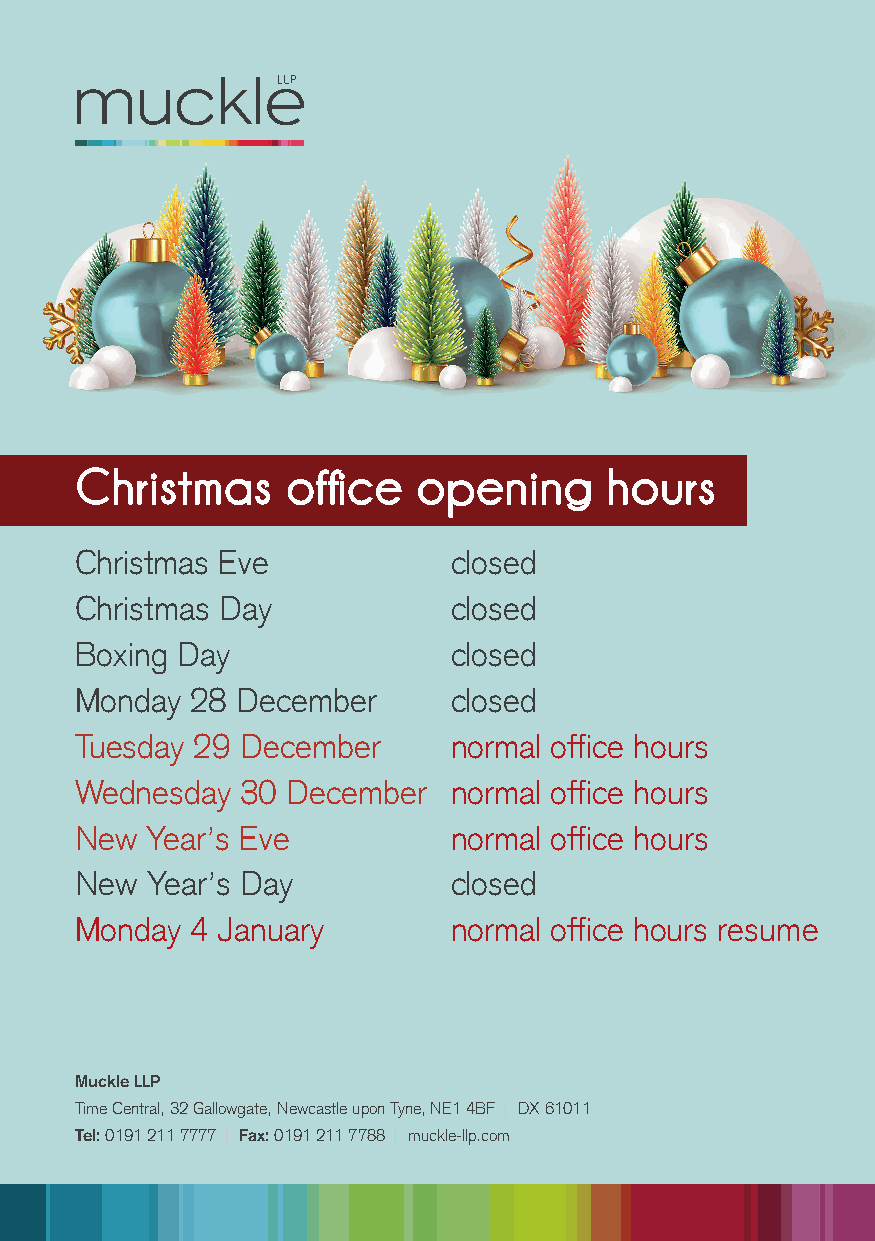
Christmas     office   opening     hours
 Christmas Eve            closed
 Christmas Day            closed
 Boxing Day               closed
 Monday  28 December      closed
 Tuesday 29 December      normal office hours
 Wednesday  30 December   normal office hours
 New  Year’s Eve          normal office hours
 New  Year’s Day          closed
 Monday  4 January        normal office hours resume
 Muckle LLP
 Time Central, 32 Gallowgate, Newcastle upon Tyne, NE1 4BF | DX 61011
 Tel: 0191 211 7777 | Fax: 0191 211 7788 | muckle-llp.com